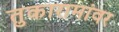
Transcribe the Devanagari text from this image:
तुकारामांवर